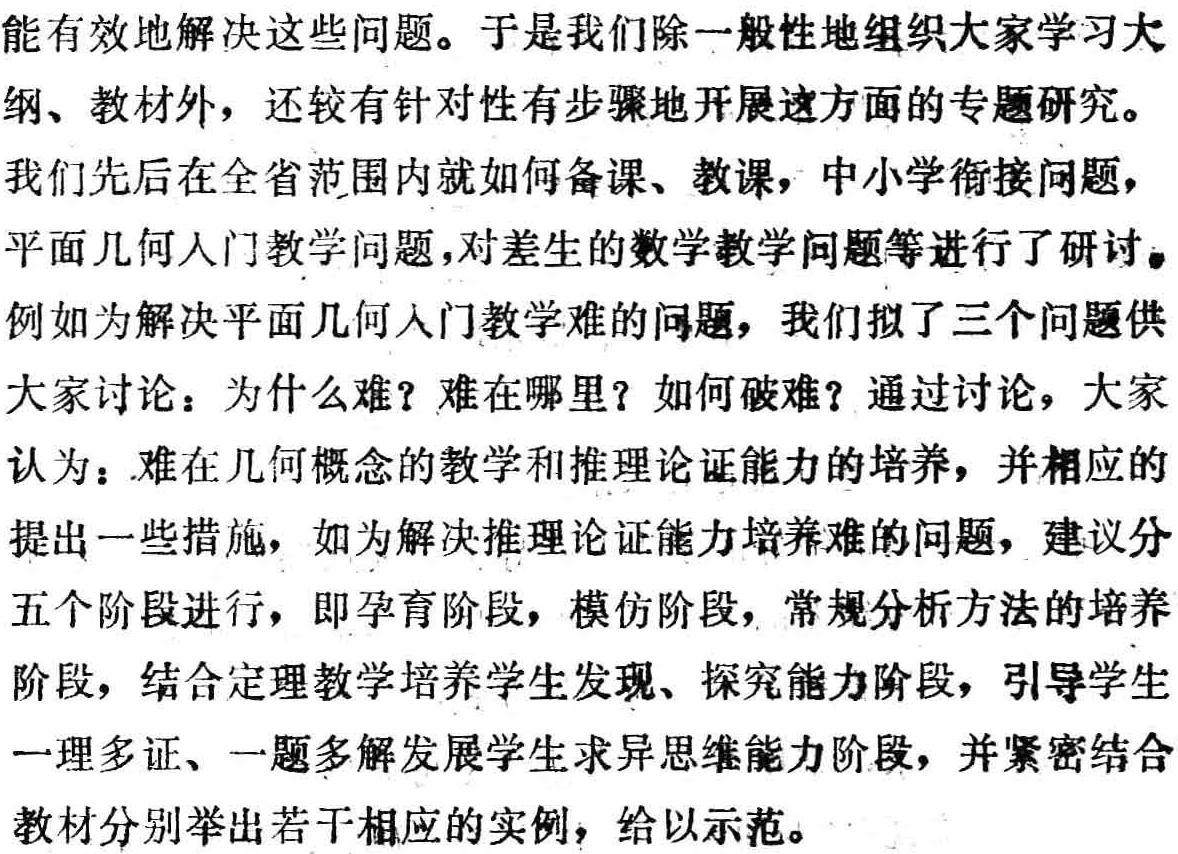
能有效地解决这些问题。于是我们除一般性地组织大家学习大纲、教材外，还较有针对性有步骤地开展这方面的专题研究。

我们先后在全省范围内就如何备课、教课，中小学衔接问题，平面几何入门教学问题，对差生的数学教学问题等进行了研讨。

例如为解决平面几何入门教学难的问题，我们拟了三个问题供大家讨论：为什么难？难在哪里？如何破难？通过讨论，大家认为：难在几何概念的教学和推理论证能力的培养，并相应的提出一些措施，如为解决推理论证能力培养难的问题，建议分五个阶段进行，即孕育阶段，模仿阶段，常规分析方法的培养阶段，结合定理教学培养学生发现、探究能力阶段，引导学生一理多证、一题多解发展学生求异思维能力阶段，并紧密结合教材分别举出若干相应的实例，给以示范。